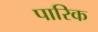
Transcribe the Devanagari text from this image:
पारिक